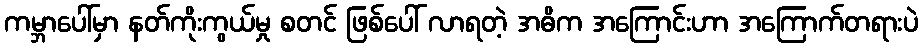
ကမ္ဘာပေါ်မှာ နတ်ကိုးကွယ်မှု စတင် ဖြစ်ပေါ် လာရတဲ့ အဓိက အကြောင်းဟာ အကြောက်တရားပဲ